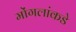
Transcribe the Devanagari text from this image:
मोंगलांकडे